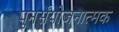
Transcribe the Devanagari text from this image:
पुनर्संयोजनात्मक